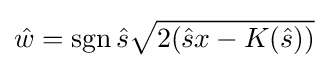
{\hat {w}}=\operatorname {sgn} {\hat {s}}{\sqrt {2({\hat {s}}x-K({\hat {s}}))}}